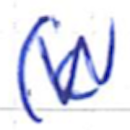
Text: (c
Cross-out: mix
Writing tool: ballpoint